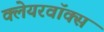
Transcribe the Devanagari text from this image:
क्लेयरवॉक्स